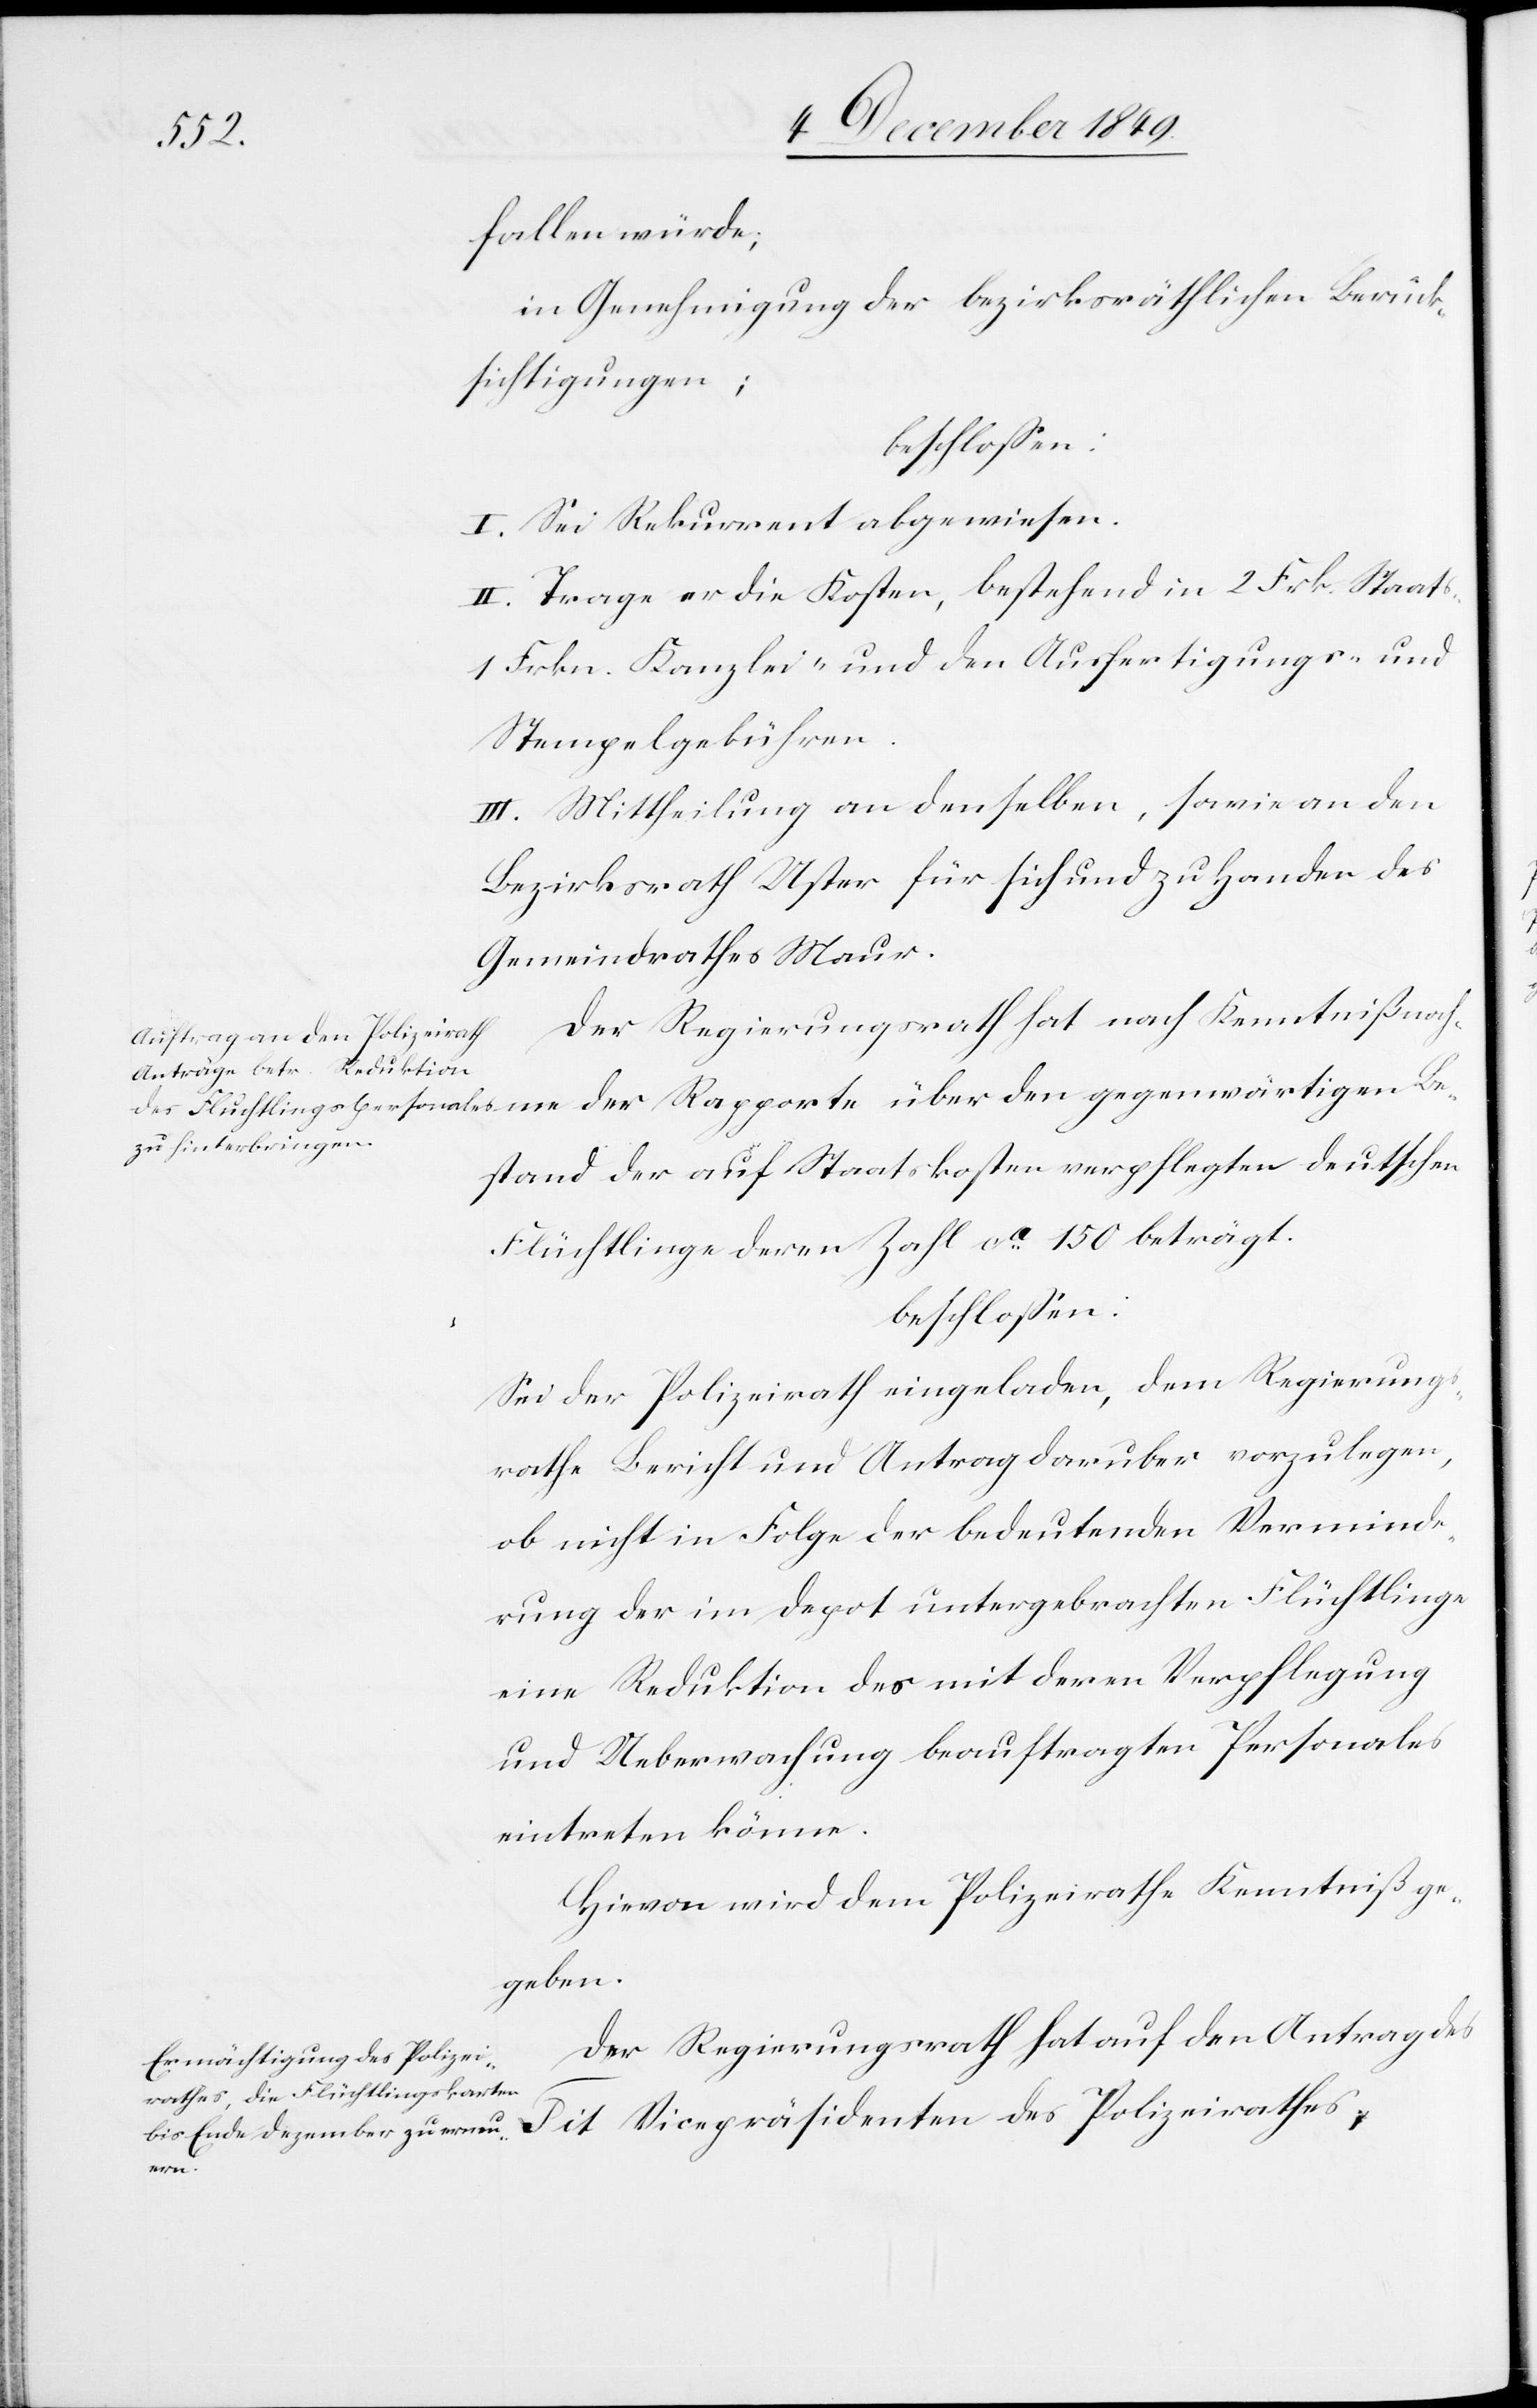
fallen würde;
in Genehmigung der bezirksräthlichen Berück¬
sichtigungen.
beschloßen:
I. Sei Rekurrent abgewiesen.
II. Trage er die Kosten, bestehend in 2 Frkn. Staats-
1 Frkn. Kanzlei- und den Ausfertigungs- u.
Be¬
Stempelgebühren.
III. Mittheilung an denselben, sowie an den
Bezirksrath Uster für sich und zu Handen des
Gemeindrathes Maur.
Der Regierungsrath hat nach Kenntnißnahme
stand der auf Staatskosten verpflegten deutschen
Flüchtlinge deren Zahl ca 150 beträgt.
Sei der Polizeirath eingeladen, dem Regierungs¬
rathe Bericht und Antrag darüber vorzulegen,
ob nicht in Folge der bedeutenden Verminde¬
rung der im Depot untergebrachten Flüchtlinge
eine Reduktion des mit deren Verpflegung
und Ueberwachung beauftragten Personales
eintreten könne.
Hievon wird dem Polizeirathe Kenntniß ge¬
geben.
Der Regierungsrath hat auf den Antrag des
des